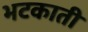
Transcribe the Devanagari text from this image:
भटकाती